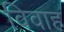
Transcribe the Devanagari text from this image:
विवाह